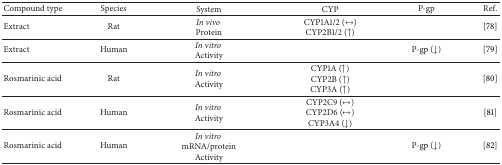
<table><thead><tr><td><b>Compound type</b></td><td><b>Species</b></td><td><b>System</b></td><td><b>CYP</b></td><td><b>P-gp</b></td><td><b>Ref.</b></td></tr></thead><tbody><tr><td>Extract</td><td>Rat</td><td><i>In vivo</i> Protein</td><td>CYP1A1/2 (↔)CYP2B1/2 (↑)</td><td> </td><td>[78]</td></tr><tr><td>Extract</td><td>Human</td><td><i>In vitro</i> Activity</td><td> </td><td>P-gp (↓)</td><td>[79]</td></tr><tr><td>Rosmarinic acid</td><td>Rat</td><td><i>In vitro</i> Activity</td><td>CYP1A (↑)CYP2B (↑)CYP3A (↑)</td><td> </td><td>[80]</td></tr><tr><td>Rosmarinic acid</td><td>Human</td><td><i>In vitro</i> Activity</td><td>CYP2C9 (↔)CYP2D6 (↔)CYP3A4 (↓)</td><td> </td><td>[81]</td></tr><tr><td>Rosmarinic acid</td><td>Human</td><td><i>In vitro</i> mRNA/proteinActivity</td><td> </td><td>P-gp (↓)</td><td>[82]</td></tr></tbody></table>